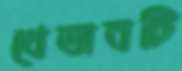
খেতাবটি